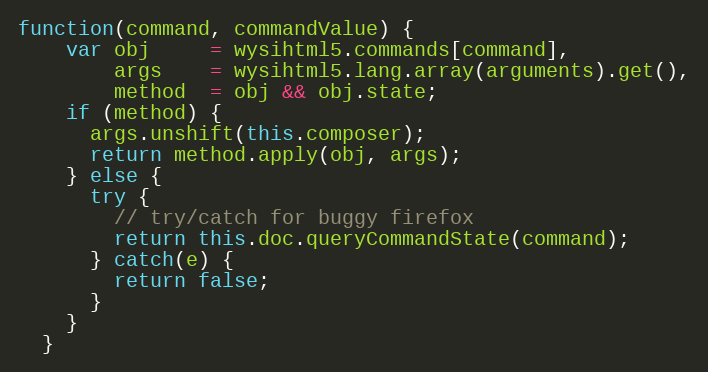
Language: JavaScript
function(command, commandValue) {
    var obj     = wysihtml5.commands[command],
        args    = wysihtml5.lang.array(arguments).get(),
        method  = obj && obj.state;
    if (method) {
      args.unshift(this.composer);
      return method.apply(obj, args);
    } else {
      try {
        // try/catch for buggy firefox
        return this.doc.queryCommandState(command);
      } catch(e) {
        return false;
      }
    }
  }